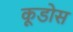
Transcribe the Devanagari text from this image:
कूडोस